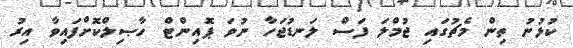
ކުޅުނު ތިން މެޗުގައި ޖުމްލަ ފަސް ލަނޑުޖަހާ ނުވަ ޕޮއިންޓް ހާޞިލްކޮށްފައިވާ އިރު